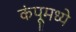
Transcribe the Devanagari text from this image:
कंपूमध्ये